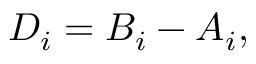
D _ { i } = B _ { i } - A _ { i } ,